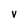
Character: v